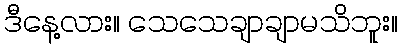
ဒီနေ့လား။ သေသေချာချာမသိဘူး။